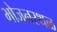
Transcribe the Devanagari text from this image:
भोजनस्थळ